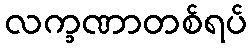
လက္ခဏာတစ်ရပ်